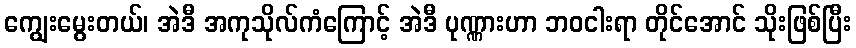
ကျွေးမွေးတယ်၊ အဲဒီ အကုသိုလ်ကံကြောင့် အဲဒီ ပုဏ္ဏားဟာ ဘဝငါးရာ တိုင်အောင် သိုးဖြစ်ပြီး